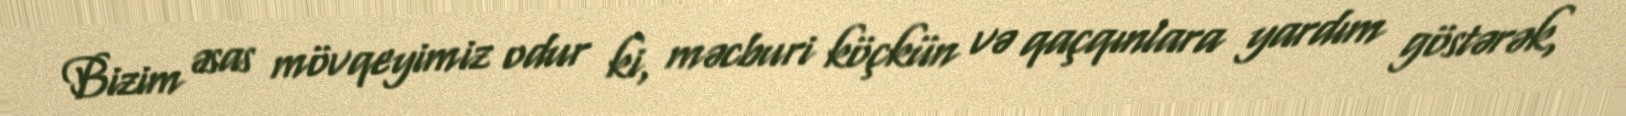
Bizim əsas mövqeyimiz odur ki, məcburi köçkün və qaçqınlara yardım göstərək,